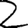
Digit: 2